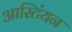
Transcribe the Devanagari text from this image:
आस्टिंयन